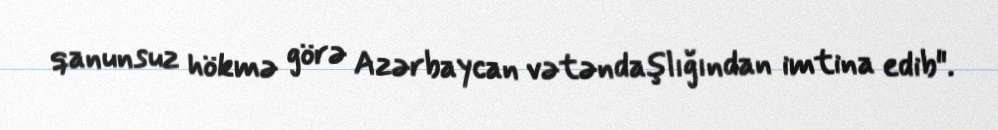
qanunsuz hökmə görə Azərbaycan vətəndaşlığından imtina edib".